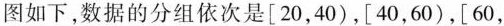
图如下，数据的分组依次是[20，40)，[40，60)，[60，